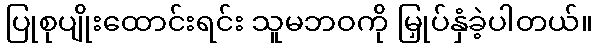
ပြုစုပျိုးထောင်းရင်း သူမဘဝကို မြှုပ်နှံခဲ့ပါတယ်။